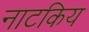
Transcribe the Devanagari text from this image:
नाटकिय